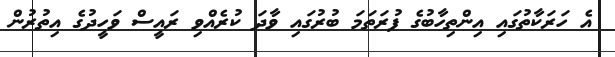
އެ ހަރަކާތުގައި އިންތިހާބުގެ ފުރަތަމަ ބުރުގައި ވާދަ ކުރެއްވި ރައީސް ވަހީދުގެ އިތުރުން